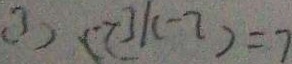
( 3 ) ( ( 3 k - 7 ) = 7